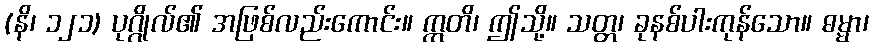
(နိ၊ ၁၂၁) ပုဂ္ဂိုလ်၏ အဖြစ်လည်းကောင်း။ ဣတိ၊ ဤသို့။ သတ္တ၊ ခုနစ်ပါးကုန်သော။ ဓမ္မာ၊